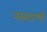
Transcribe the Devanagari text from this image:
नम्रवाणी